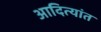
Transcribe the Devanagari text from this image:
आदित्यांत